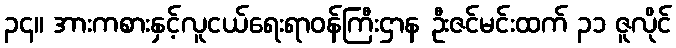
၃၄။ အားကစားနှင့်လူငယ်ရေးရာဝန်ကြီးဌာန ဦးဇင်မင်းထက် ၃၁ ဇူလိုင်